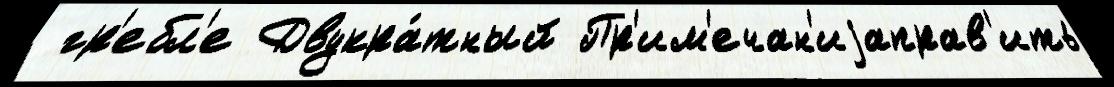
 гр'ебл'е Двукра́тный Пр'им'ечан'иjаправ'ить